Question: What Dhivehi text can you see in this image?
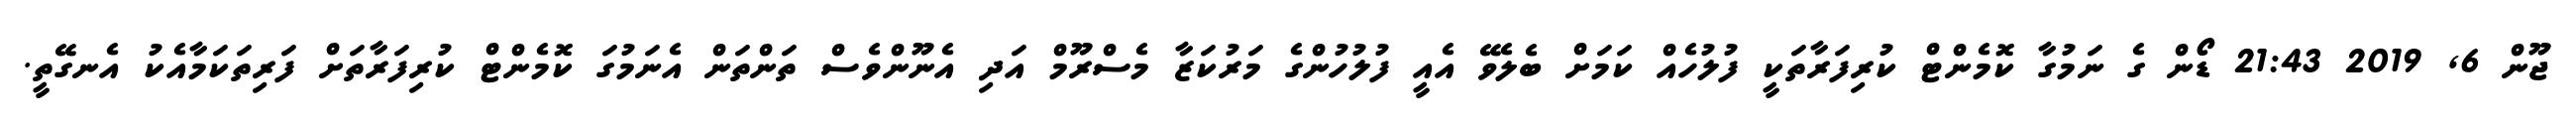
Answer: ޖޫން 6, 2019 21:43 ޑޯން ގެ ނަމުގާ ކޮމެންޓް ކުރިފަރާތަކީ ފުލުހެއް ކަމަށް ބެލެވޭ އެއީ ފުލުހުންގެ މަރުކަޒާ މެސްރޫމް އަދި އެނޫންވެސް ތަންތަން އެނަމުގަ ކޮމެންޓް ކުރިފަރާތަށް ފަރިތަކަމާއެކު އެނގޭތީ.